Newspaper: Northern tribune. [volume]
Place of publication: Cheboygan, Mich.
Publisher: W. Chandler
Date: 1880-04-24 00:00:00
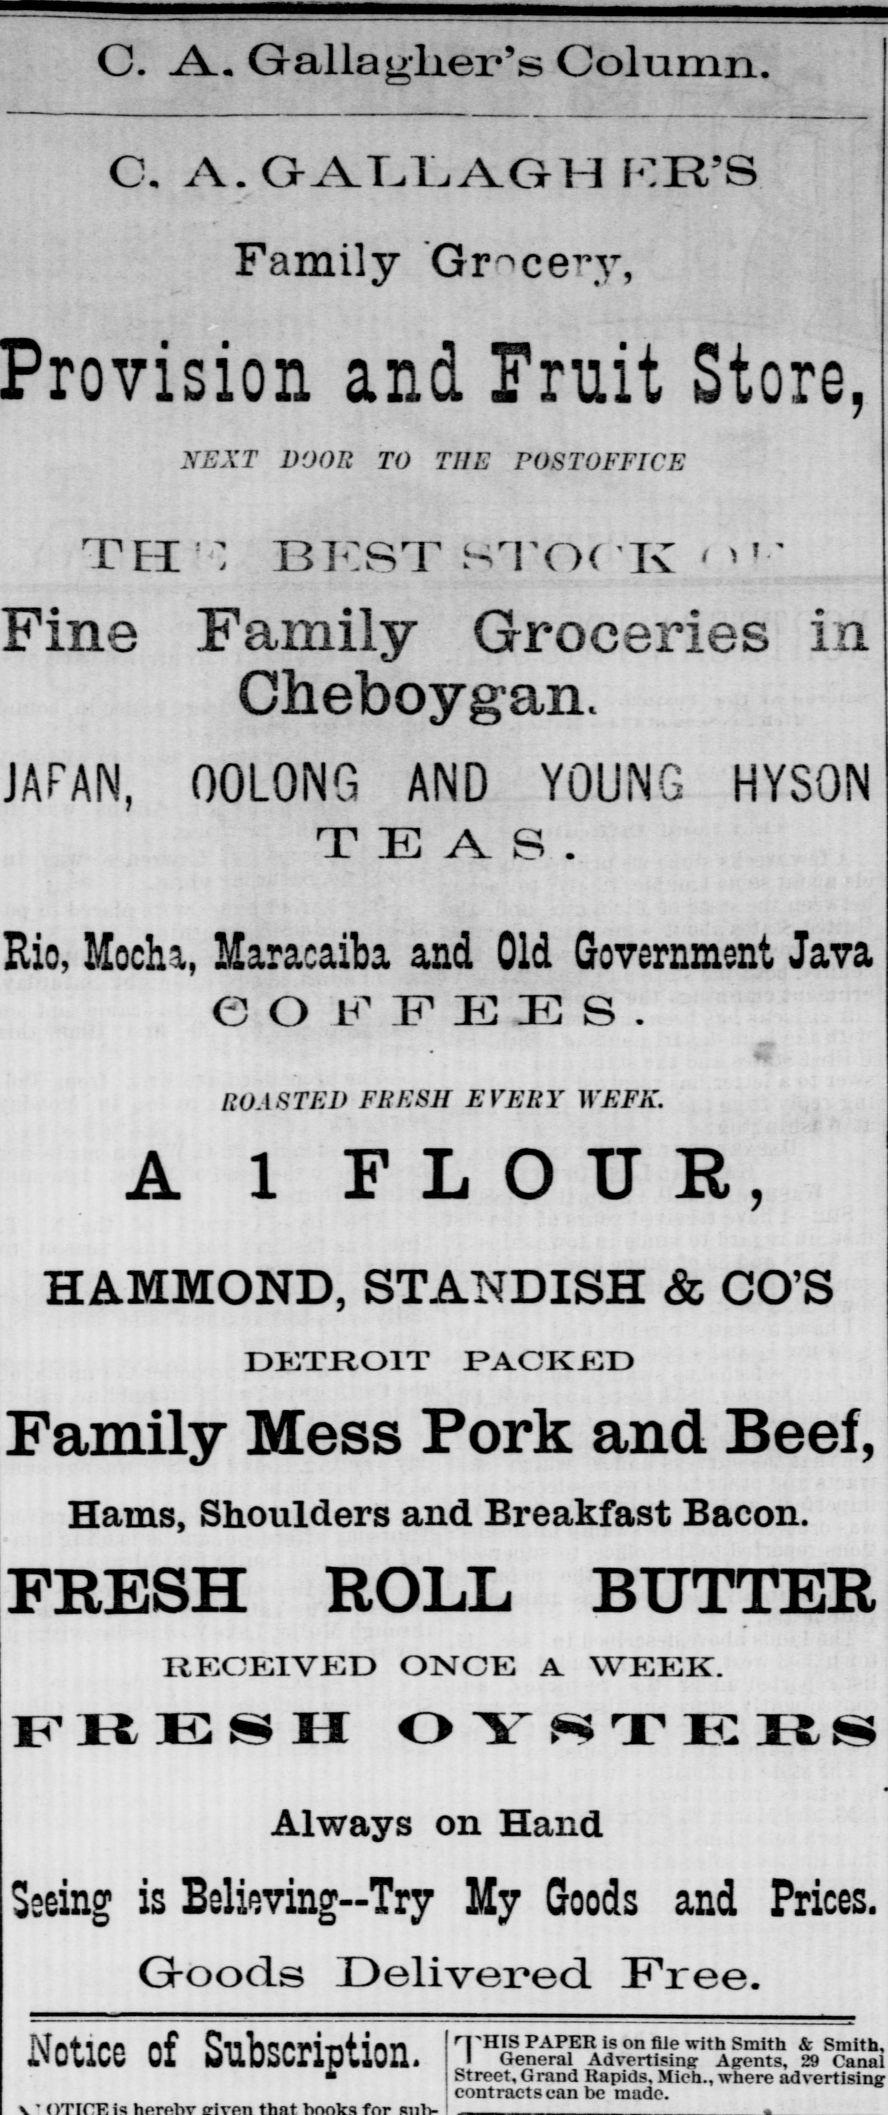
Advertisement text (OCR):
O. .A. Galla ulier's Column. O. A. GALLAGH F.R'S Family Grocery, and XEXT VOOB TO THE POSTOFFICE TH1' BEST STOCK"! - Fine Family Cheboygan. JAFAN, OOLONG AND YOUNG HYSON T E Rio, Mocha, Maracaiba and Old Government Java COFPEIIS. ROASTED FRESH EVERY WEFK. A 1 FLOUR, HAMMOND, STANDISH & CO'S DETROIT PACKED Family Mess Pork and Beef, Hams, Shoulders and Breakfast Bacon. FRESH ROLL BUTTER RECEIVED ONCE A WEEK. FRESH OY8T E 3E& S Always on Hand Seeing is Believing-Try My Goods and Prices. G-oods Delivered Free. Notice of Subscription. Fruit Store, Groceries in A. S . THIS PAPER Is on file with Smith & Smith. I General Advertising Airents. 29 Cannl Street, Grand Rapids, Mich., where advertising uuuiraciscan ue muae.
Label: text-only